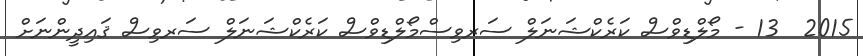
2015  13 - މޯލްޑިވްސް ކަރެކްޝަނަލް ސަރވިސްމޯލްޑިވްސް ކަރެކްޝަނަލް ސަރވިސް ޤައިދީންނަށް